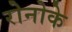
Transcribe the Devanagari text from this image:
रोनोके